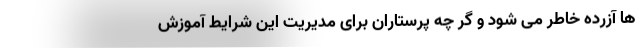
ها آزرده خاطر می شود و گر چه پرستاران برای مدیریت این شرایط آموزش